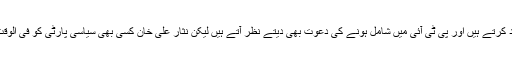
گوانہیں عمران خان پسند کرتے ہیں اور پی ٹی آئی میں شامل ہونے کی دعوت بھی دیتے نظر آتے ہیں لیکن نثار علی خان کسی بھی سیاسی پارٹی کو فی الوقت جائن نہیں کریں گے ۔